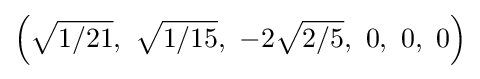
\left({\sqrt {1/21}},\ {\sqrt {1/15}},\ -2{\sqrt {2/5}},\ 0,\ 0,\ 0\right)